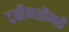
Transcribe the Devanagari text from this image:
टर्बोमशीनरी